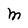
Character: M